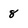
Character: 8